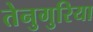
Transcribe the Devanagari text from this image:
तेनुगुरिया